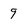
Character: 9